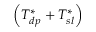
\left( T _ { d p } ^ { * } + T _ { s l } ^ { * } \right)